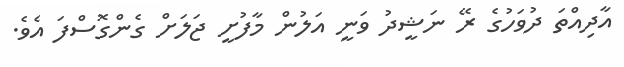
އާދިއްތަ ދުވަހުގެ ރޭ ނަޝީދު ވަނީ އަލުން މާފުށީ ޖަލަށް ގެންގޮސްފަ އެވެ.